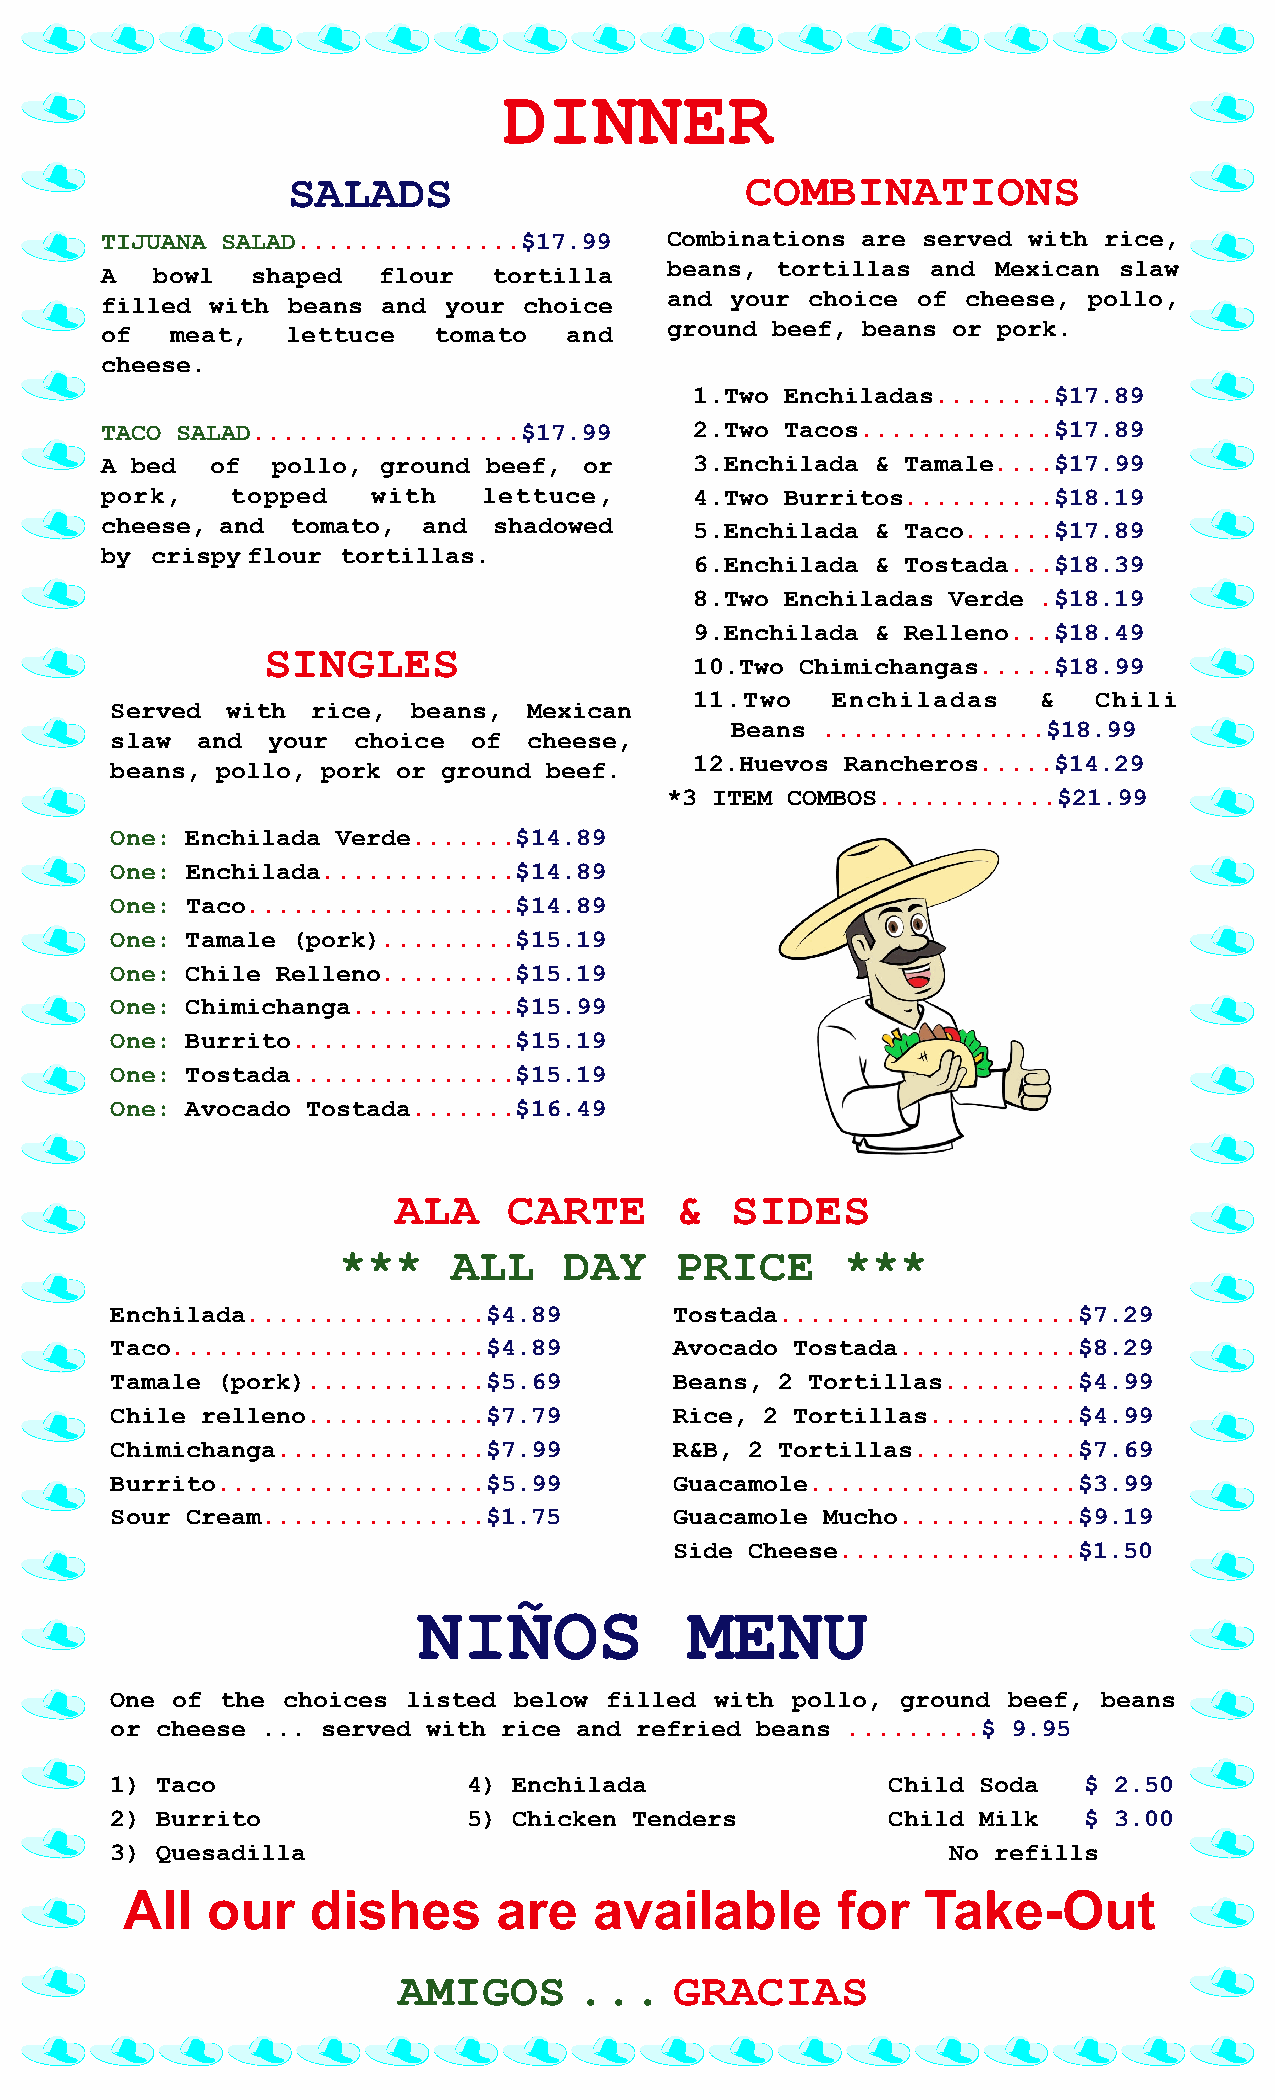
DINNER
 SALADS                        COMBINATIONS
 TIJUANA SALAD...............$17.99   Combinations are served with rice,
 beans, tortillas  and Mexican slaw
 A  bowl   shaped  flour   tortilla
 and your  choice of cheese, pollo,
 filled with beans and your  choice
 ground beef, beans or pork.
 of  meat,   lettuce   tomato   and
 cheese.
 1.Two Enchiladas........$17.89
 TACO SALAD..................$17.99     2.Two Tacos.............$17.89
 A bed  of  pollo, ground beef,  or     3.Enchilada & Tamale....$17.99
 pork,   topped    with   lettuce,      4.Two Burritos..........$18.19
 cheese, and tomato,  and  shadowed     5.Enchilada & Taco......$17.89
 by crispy flour tortillas.
 6.Enchilada & Tostada...$18.39
 8.Two Enchiladas Verde .$18.19
 9.Enchilada & Relleno...$18.49
 SINGLES
 10.Two Chimichangas.....$18.99
 11.Two   Enchiladas    &   Chili
 Served  with  rice, beans,  Mexican
 Beans ...............$18.99
 slaw  and  your choice  of  cheese,
 12.Huevos Rancheros.....$14.29
 beans, pollo, pork or ground beef.
 *3 ITEM COMBOS............$21.99
 One: Enchilada Verde.......$14.89
 One: Enchilada.............$14.89
 One: Taco..................$14.89
 One: Tamale (pork).........$15.19
 One: Chile Relleno.........$15.19
 One: Chimichanga...........$15.99
 One: Burrito...............$15.19
 One: Tostada...............$15.19
 One: Avocado Tostada.......$16.49
 ALA     CARTE      &  SIDES
 ***     ALL    DAY     PRICE      ***
 Enchilada................$4.89        Tostada....................$7.29
 Taco.....................$4.89        Avocado Tostada............$8.29
 Tamale (pork)............$5.69        Beans, 2 Tortillas.........$4.99
 Chile relleno............$7.79        Rice, 2 Tortillas..........$4.99
 Chimichanga..............$7.99        R&B, 2 Tortillas...........$7.69
 Burrito..................$5.99        Guacamole..................$3.99
 Sour Cream...............$1.75        Guacamole Mucho............$9.19
 Side Cheese................$1.50
 NIÑOS             MENU
 One of  the choices listed below filled with pollo,  ground beef, beans
 or cheese ... served with rice and refried beans .........$ 9.95
 1) Taco                 4) Enchilada                Child Soda   $ 2.50
 2) Burrito              5) Chicken Tenders          Child Milk   $ 3.00
 3) Quesadilla                                           No refills
 All   our   dishes       are   available       for   Take-Out
 AMIGOS      ...    GRACIAS